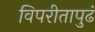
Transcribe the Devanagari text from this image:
विपरीतापुढं